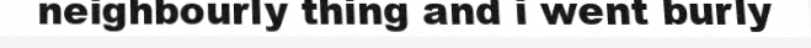
neighbourly thing and i went burly